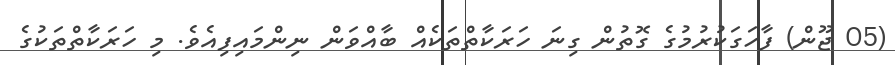
(05 ޖޫން) ފާހަގަކުރުމުގެ ގޮތުން ގިނަ ހަރަކާތްތަކެއް ބާއްވަން ނިންމައިފިއެވެ. މި ހަރަކާތްތަކުގެ